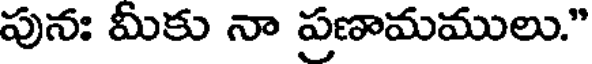
పునః మీకు నా ప్రణామములు."